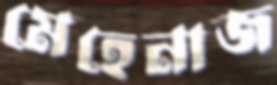
মেহেনাজ